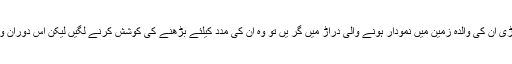
وہ کہتی ہیں کہ جب کچھ فاصلے پر کھڑی ان کی والدہ زمین میں نمودار ہونے والی دراڑ میں گر یں تو وہ اُن کی مدد کیلئے بڑھنے کی کوشش کرنے لگیں لیکن اس دوران وہ خود بھی لڑکھڑا کر زمین پر گر گئیں۔